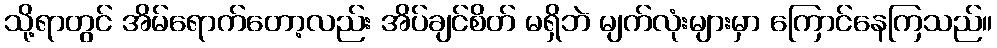
သို့ရာတွင် အိမ်ရောက်တော့လည်း အိပ်ချင်စိတ် မရှိဘဲ မျက်လုံးများမှာ ကြောင်နေကြသည်။